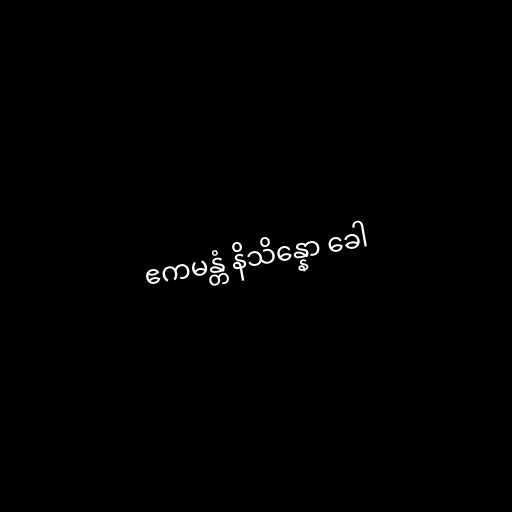
ဧကမန္တံ နိသိန္နော ခေါ